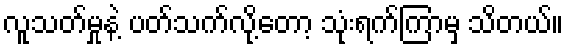
လူသတ်မှုနဲ့ ပတ်သက်လို့တော့ သုံးရက်ကြာမှ သိတယ်။